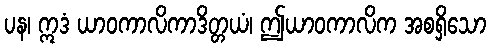
ပန၊ ဣဒံ ယာဝကာလိကာဒိတ္တယံ၊ ဤယာဝကာလိက အစရှိသော